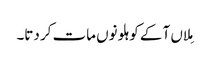
مِلاں آ کے کوہلو نوں مات کر دتا۔